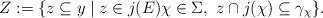
\begin{align*} Z := \{z \subseteq y \mid z \in j(E) \chi \in \Sigma, ~ z\cap j(\chi) \subseteq \gamma_\chi\}. \end{align*}